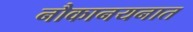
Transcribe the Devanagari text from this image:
नौकानयनात